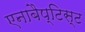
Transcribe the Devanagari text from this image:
एनाबैप्टिस्ट